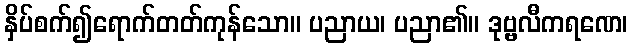
နှိပ်စက်၍ရောက်တတ်ကုန်သော။ ပညာယ၊ ပညာ၏။ ဒုဗ္ဗလီကရဏေ၊